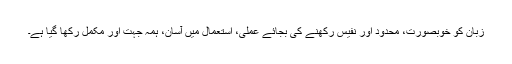
زبان کو خوبصورت، محدود اور نفیس رکھنے کی بجائے عملی، استعمال میں آسان، ہمہ جہت اور مکمل رکھا گیا ہے۔